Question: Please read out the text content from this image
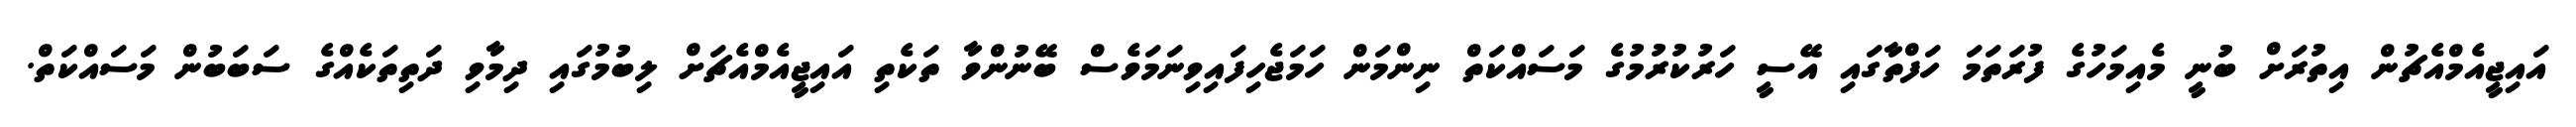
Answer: އައިޖީއެމްއެޗުން އިތުރަށް ބުނީ މެއިމަހުގެ ފުރަތަމަ ހަފްތާގައި އޭސީ ހަރުކުރުމުގެ މަސައްކަތް ނިންމަން ހަމަޖެހިފައިވިނަމަވެސް ބޭނުންވާ ތަކެތި އައިޖީއެމްއެޗަށް ލިބުމުގައި ދިމާވި ދަތިތަކެއްގެ ސަބަބުން މަސައްކަތް.